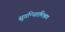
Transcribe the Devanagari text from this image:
सुगन्धितमिश्रण